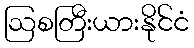
ဩစတြီးယားနိုင်ငံ